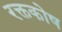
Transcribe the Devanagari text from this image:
रक्तकोष